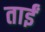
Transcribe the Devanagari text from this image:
ताईं